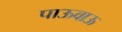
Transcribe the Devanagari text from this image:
पाऊवाऊ